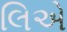
લિએ